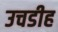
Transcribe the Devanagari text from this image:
उचडीह